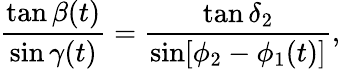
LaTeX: \frac{\tan\beta(t)}{\sin\gamma(t)}=\frac{\tan\delta_{2}}{\sin[\phi_{2}-\phi_{1}(t)]},